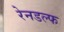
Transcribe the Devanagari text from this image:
रेनडल्फ